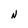
Character: N